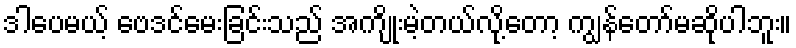
ဒါပေမယ့် ဗေဒင်မေးခြင်းသည် အကျိုးမဲ့တယ်လို့တော့ ကျွန်တော်မဆိုပါဘူး။